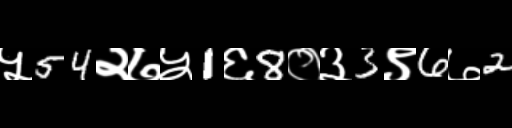
Text: ५54२७५1६8०३3९6७2